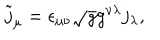
LaTeX: \tilde { j } _ { \mu } = \epsilon _ { \mu \nu } \sqrt { g } g ^ { \nu \lambda } j _ { \lambda } ,